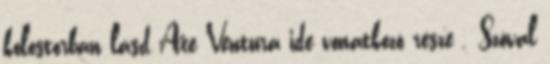
kolostorban lásd Ace Ventura ide vonatkozó része . Szóval